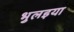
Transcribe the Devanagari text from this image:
भुलइया